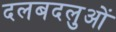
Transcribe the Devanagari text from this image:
दलबदलुओं